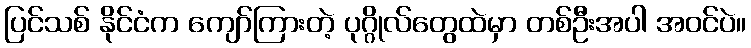
ပြင်သစ် နိုင်ငံက ကျော်ကြားတဲ့ ပုဂ္ဂိုလ်တွေထဲမှာ တစ်ဦးအပါ အဝင်ပဲ။